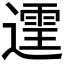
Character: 𫑄